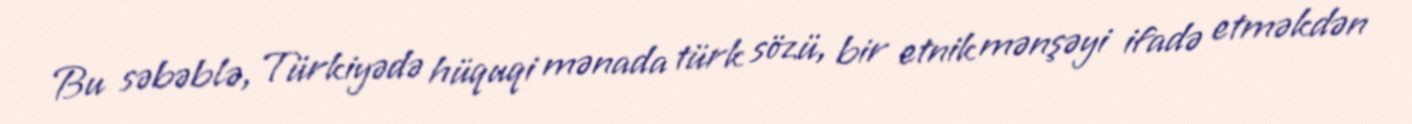
Bu səbəblə, Türkiyədə hüquqi mənada türk sözü, bir etnik mənşəyi ifadə etməkdən